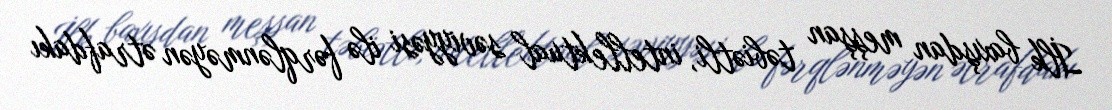
İlk baxışdan meşşan təbiətli, intellektual səviyyəsi ilə fərqlənməyən ətrafdakı